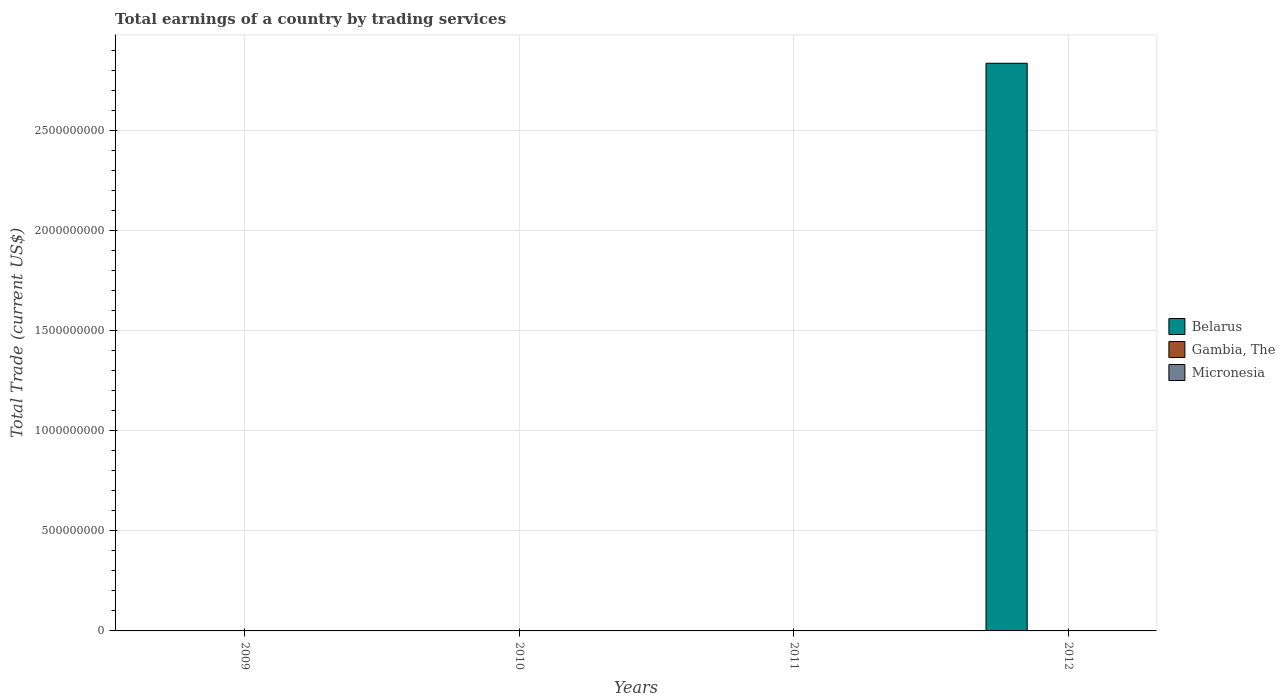
| Years | Belarus | Gambia, The | Micronesia |
 | --- | --- | --- | --- |
 | 2009 | -5.61e+09 | -6.41e+07 | -1.77e+08 |
 | 2010 | -7.5e+09 | -4.84e+07 | -1.69e+08 |
 | 2011 | -1.21e+09 | -5.81e+07 | -1.77e+08 |
 | 2012 | 2.83e+09 | -1.05e+08 | -1.68e+08 |